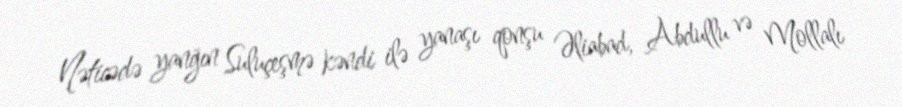
Nəticədə yanğın Suluçeşmə kəndi ilə yanaşı qonşu Əliabad, Abdullu və Mollalı